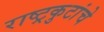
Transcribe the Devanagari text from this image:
राष्ट्रकुटांचे